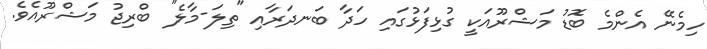
ހިމެނޭ އެންމެ ބޮޑު މަޝްރޫއަކީ ގުޅިފަޅުގައި ހަދާ ބަނދަރާއި "ތިލަ-މާލެ" ބްރިޖު މަޝްރޫއެވެ.